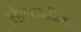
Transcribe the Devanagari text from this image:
अहैलोजनीकृत